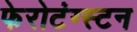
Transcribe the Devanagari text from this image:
फेरोटंग्स्टन